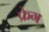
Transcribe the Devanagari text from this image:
फ्रेग